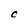
Character: C